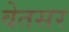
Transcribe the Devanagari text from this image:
वेतसर